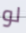
لو